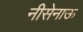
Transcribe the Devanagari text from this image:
नीसेनाऊ